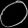
Digit: ၀